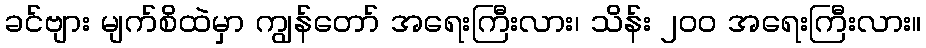
ခင်ဗျား မျက်စိထဲမှာ ကျွန်တော် အရေးကြီးလား၊ သိန်း ၂၀၀ အရေးကြီးလား။